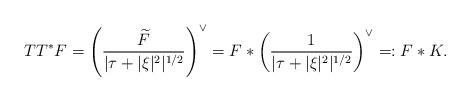
LaTeX: \begin{align*} TT^\ast F = \left(\frac{\widetilde F}{|\tau+|\xi|^2|^{1/2}}\right)^\vee = F\ast\left(\frac{1}{|\tau+|\xi|^2|^{1/2}} \right)^\vee =: F\ast K.\end{align*}